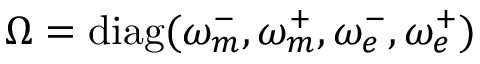
\Omega = \mathrm { d i a g } ( \omega _ { m } ^ { - } , \omega _ { m } ^ { + } , \omega _ { e } ^ { - } , \omega _ { e } ^ { + } )